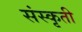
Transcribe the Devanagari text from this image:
संस्कृती